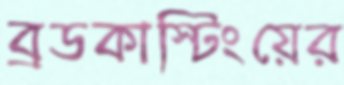
ব্রডকাস্টিংয়ের